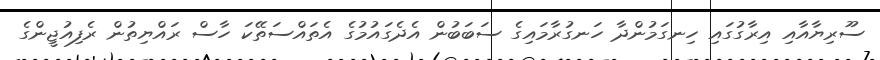
ސޫރިޔާއާއި އިރާގުގައި ހިނގަމުންދާ ހަނގުރާމައިގެ ސަބަބުން އެދެގައުމުގެ އެތައްސަތޭކަ ހާސް ރައްޔިތުން ރެފިއުޖީންގެ